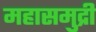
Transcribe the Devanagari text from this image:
महासमुद्री